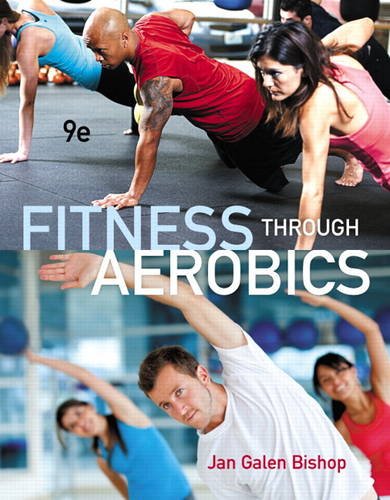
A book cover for Fitness through Aerobics (9th Edition); Jan Galen Bishop; Health, Fitness & Dieting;